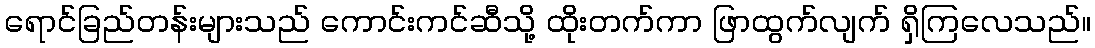
ရောင်ခြည်တန်းများသည် ကောင်းကင်ဆီသို့ ထိုးတက်ကာ ဖြာထွက်လျက် ရှိကြလေသည်။